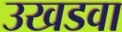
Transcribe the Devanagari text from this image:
उखडवा